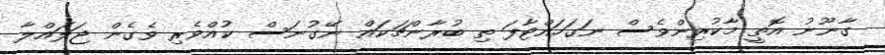
ގާނޫނު އޮތީ މާކުރިންވެސް ނަގަހައްޓާފަ ތި ބުރާންޗަކައް ނޭގުނަސް ކުއްވެރި ވެގެން ޖަލައްލާ